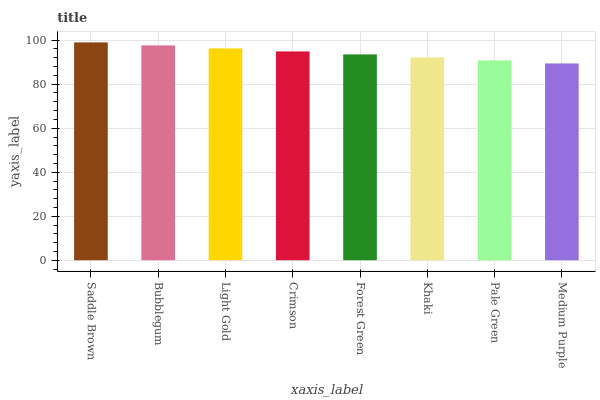
| xaxis_label | bars |
 | --- | --- |
 | Saddle Brown | 99 |
 | Bubblegum | 97.6 |
 | Light Gold | 96.3 |
 | Crimson | 94.9 |
 | Forest Green | 93.5 |
 | Khaki | 92.2 |
 | Pale Green | 90.8 |
 | Medium Purple | 89.4 |